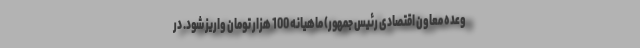
وعده معاون اقتصادی رئیس جمهور) ماهیانه 100 هزار تومان واریز شود. در